Senior Leaving Certificate Examination (including Day School Certificate (Higher) General paper), 1949
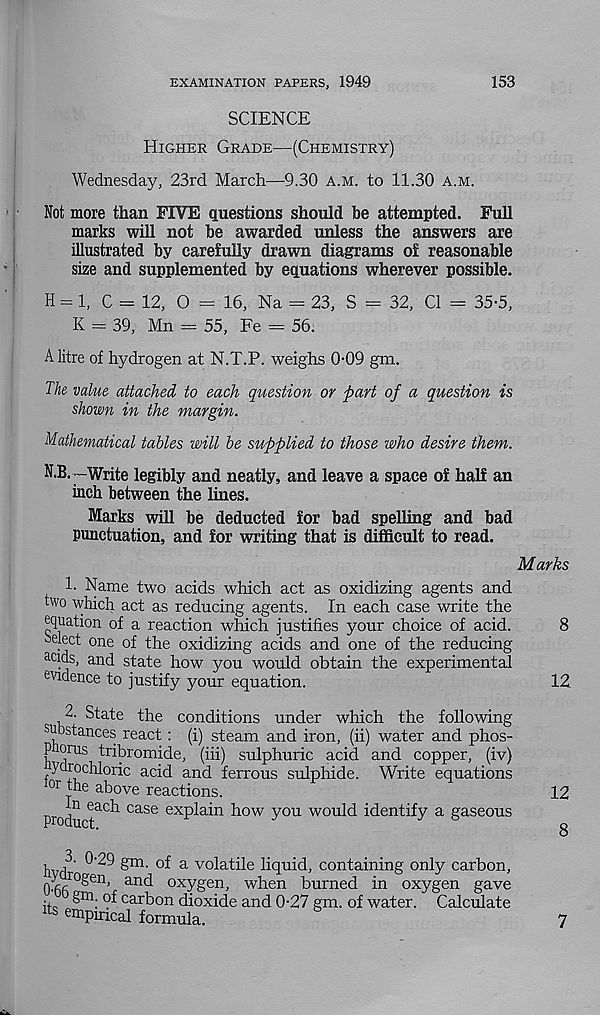
EXAMINATION PAPERS, 1949
153
SCIENCE
Higher Grade—(Chemistry)
Wednesday, 23rd March—9.30 a.m. to 11.30 a.m.
Not more than FIVE questions should he attempted. Full
marks will not he awarded unless the answers are
illustrated by carefully drawn diagrams of reasonable
size and supplemented by equations wherever possible.
H = 1, C = 12, O = 16, Na = 23, S = 32, Cl = 35-5,
K = 39, Mn = 55, Fe = 56.
A litre of hydrogen at N.T.P. weighs 0-09 gm.
The value attached to each question or part of a question is
shown in the margin.
Mathematical tables will be supplied to those who desire them.
N.B.—Write legibly and neatly, and leave a space of half an
inch between the lines.
Marks will be deducted for bad spelling and bad
punctuation, and for writing that is difficult to read.
Marks
1. Name two acids which act as oxidizing agents and
two which act as reducing agents. In each case write the
equation of a reaction which justifies your choice of acid.
Select one of the oxidizing acids and one of the reducing
ac ids, and state how you would obtain the experimental
evidence to justify your equation.
8
12.
2. State the conditions under which the following
substances react: (i) steam and iron, (ii) water and phos-
P orus tribromide, (iii) sulphuric acid and copper, (iv)
yarochlorie acid and ferrous sulphide. Write equations
IOr the above reactions.
12
P r odu
CaSe ex P^n l 10w y°u would identify a gaseous
hvrl
of a volatile liquid, containing only carbor
0^e
n > an d oxygen, when burned in oxygen gav
^m: car bon dioxide and 0-27 gm. of water. Calculat
lts ^Pineal formula.
7